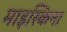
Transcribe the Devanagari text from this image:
माइस्किना